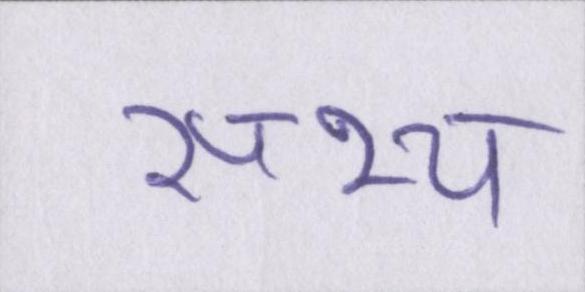
सभ्य